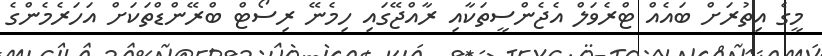
މީގެ އިތުރަށް ބައެއް ޓްރެވަލް އެޖެންސީތަކާއި ރާއްޖޭގައި ހިމެނޭ ރިސޯޓް ބްރޭންޑްތަކަށް އަހަރެމެންގެ